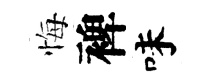
悔裨味